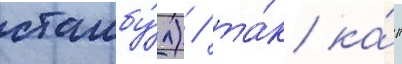
стамбу́л) / та́к ка́к